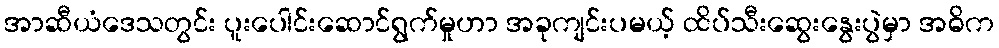
အာဆီယံဒေသတွင်း ပူးပေါင်းဆောင်ရွက်မှုဟာ အခုကျင်းပမယ့် ထိပ်သီးဆွေးနွေးပွဲမှာ အဓိက